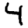
Digit: 4